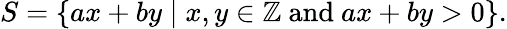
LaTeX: S=\{ ax+by\mid x,y\in\mathbb{Z}{\mathrm{~and~}}ax+by>0\} .